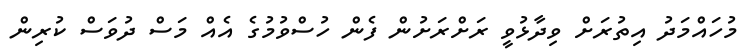
މުހައްމަދު އިތުރަށް ވިދާޅުވީ ރަށްރަށުން ފެން ހުސްވުމުގެ އެއް މަސް ދުވަސް ކުރިން